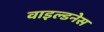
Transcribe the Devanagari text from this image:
वाइल्डनेस